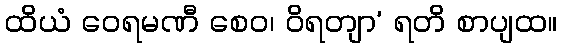
ထိယံ ဝေရမဏီ စေဝ၊ ဝိရတျာ’ ရတိ စာပျထ။